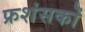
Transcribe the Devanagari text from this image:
फ्रशंसकों